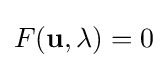
F(\mathbf {u} ,\lambda )=0